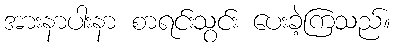
အားနာပါးနာ စာရင်းသွင်း ပေးခဲ့ကြသည်။